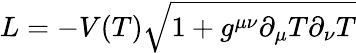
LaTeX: L=-V(T)\sqrt{1+g^{\mu\nu}\partial_{\mu}T\partial_{\nu}T}